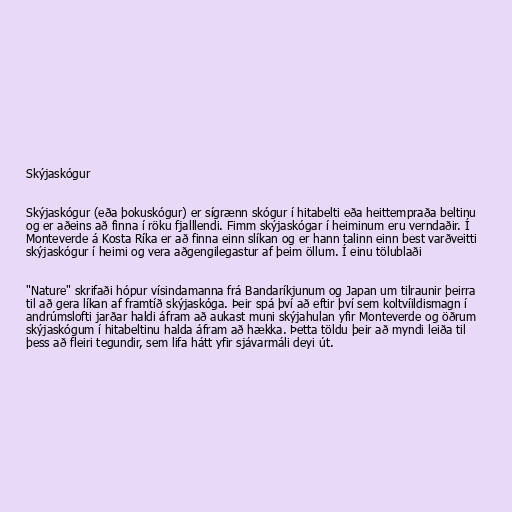
Skýjaskógur

Skýjaskógur (eða þokuskógur) er sígrænn skógur í hitabelti eða heittempraða beltinu
og er aðeins að finna í röku fjalllendi. Fimm skýjaskógar í heiminum eru verndaðir. Í
Monteverde á Kosta Ríka er að finna einn slíkan og er hann talinn einn best varðveitti
skýjaskógur í heimi og vera aðgengilegastur af þeim öllum. Í einu tölublaði

"Nature" skrifaði hópur vísindamanna frá Bandaríkjunum og Japan um tilraunir þeirra
til að gera líkan af framtíð skýjaskóga. Þeir spá því að eftir því sem koltvíildismagn í
andrúmslofti jarðar haldi áfram að aukast muni skýjahulan yfir Monteverde og öðrum
skýjaskógum í hitabeltinu halda áfram að hækka. Þetta töldu þeir að myndi leiða til
þess að fleiri tegundir, sem lifa hátt yfir sjávarmáli deyi út.